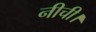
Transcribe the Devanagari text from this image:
नीची।